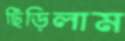
ছিঁড়িলাম